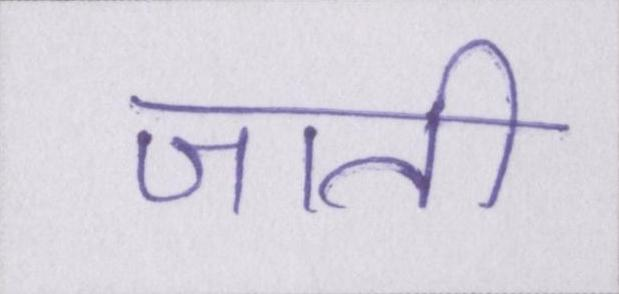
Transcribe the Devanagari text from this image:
जाती